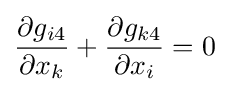
{\frac {\partial g_{i4}}{\partial x_{k}}}+{\frac {\partial g_{k4}}{\partial x_{i}}}=0